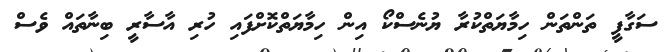
ސަގާފީ ތަންތަން ހިމާޔަތްކުރާ ޔުނެސްކޯ އިން ހިމާޔަތްކޮށްފައި ހުރި އާސާރީ ބިނާތައް ވެސް